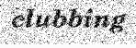
clubbing